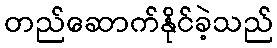
တည်ဆောက်နိုင်ခဲ့သည်